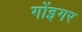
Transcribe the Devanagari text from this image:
गोंइगर